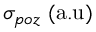
\sigma _ { p o z } \mathrm { \; ( a . u ) }